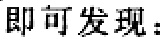
即可发现：